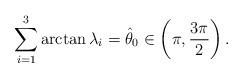
LaTeX: \begin{align*}\sum_{i=1}^3 \arctan\lambda_i =\hat\theta_0\in \left(\pi,\frac{3\pi}{2} \right).\end{align*}